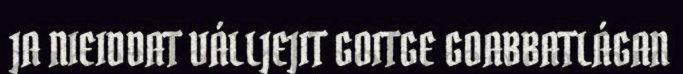
JA NIEIDDAT VÁLLJEJIT GOITGE GOABBATLÁGAN